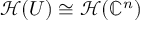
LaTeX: { \mathcal { H } } ( U ) \cong { \mathcal { H } } ( \mathbb { C } ^ { n } )